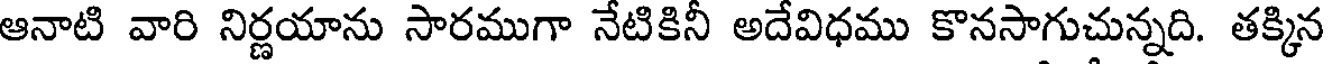
ఆనాటి వారి నిర్ణయాను సారముగా నేటికినీ అదేవిధము కొనసాగుచున్నది. తక్కిన